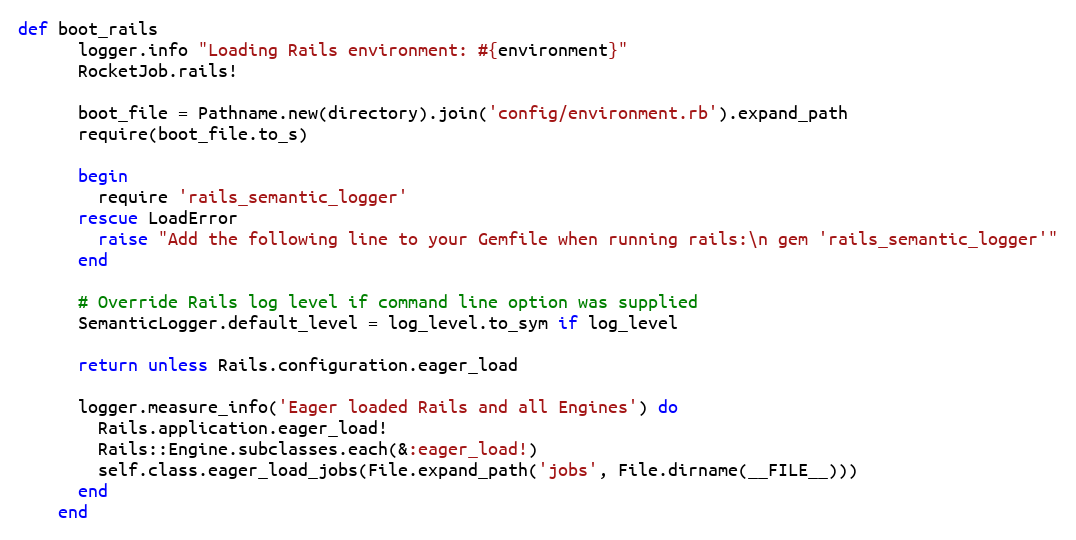
Language: Ruby
def boot_rails
      logger.info "Loading Rails environment: #{environment}"
      RocketJob.rails!

      boot_file = Pathname.new(directory).join('config/environment.rb').expand_path
      require(boot_file.to_s)

      begin
        require 'rails_semantic_logger'
      rescue LoadError
        raise "Add the following line to your Gemfile when running rails:\n gem 'rails_semantic_logger'"
      end

      # Override Rails log level if command line option was supplied
      SemanticLogger.default_level = log_level.to_sym if log_level

      return unless Rails.configuration.eager_load

      logger.measure_info('Eager loaded Rails and all Engines') do
        Rails.application.eager_load!
        Rails::Engine.subclasses.each(&:eager_load!)
        self.class.eager_load_jobs(File.expand_path('jobs', File.dirname(__FILE__)))
      end
    end